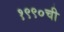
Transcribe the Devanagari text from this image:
१९९०ची